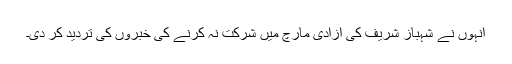
انہوں نے شہباز شریف کی آزادی مارچ میں شرکت نہ کرنے کی خبروں کی تردید کر دی۔